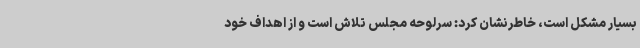
بسیار مشکل است، خاطرنشان کرد: سرلوحه مجلس تلاش است و از اهداف خود